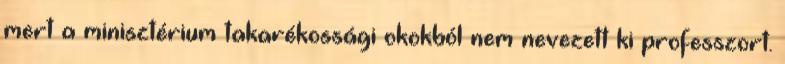
mert a minisztérium takarékossági okokból nem nevezett ki professzort.